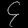
Digit: ၄